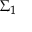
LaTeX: { \boldsymbol { \Sigma } } _ { 1 }